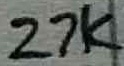
Text: 27K